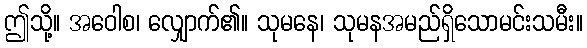
ဤသို့။ အဝေါစ၊ လျှောက်၏။ သုမနေ၊ သုမနအမည်ရှိသောမင်းသမီး။